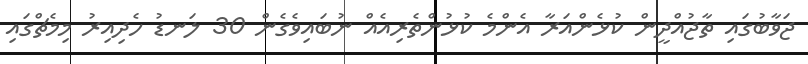
ޖަވާބުގައި ތާޖުއްދީން ކުޅެންއަރާ އެންމެ ކުޅުންތެރިއެއް ނުބައިވެގެން 30 ލަނޑު ހެދިއިރު މިމެޗްގައި